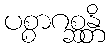
ပစ္စာဂစ္ဆန္တိ